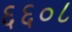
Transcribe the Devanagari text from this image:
६६०८